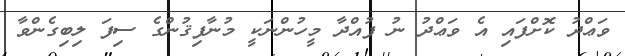
ވަޢްދު ކޮށްފައި އެ ވަޢްދު ނު ފުއްދާ މީހުންނަކީ މުނާފިޤުންގެ ސިފަ ލިބިގެންވާ